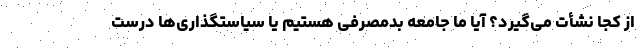
از کجا نشأت می‌گیرد؟ آیا ما جامعه بدمصرفی هستیم یا سیاستگذاری‌ها درست